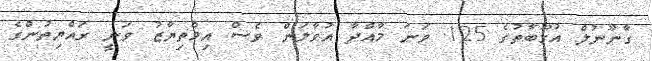
ގާނޫނުލް އުގޫބާތުގެ 125 ވަނަ މާއްދާ އުވާލަން ވެސް އިމްތިޔާޒު ވަނީ ރައްޔިތުންގެ